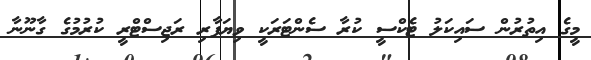
މީގެ އިތުރުން ސައިކަލު ޓެކްސީ ކުރާ ސެންޓަރަކީ ވިޔަފާރި ރަޖިސްޓްރީ ކުރުމުގެ ގާނޫނާ